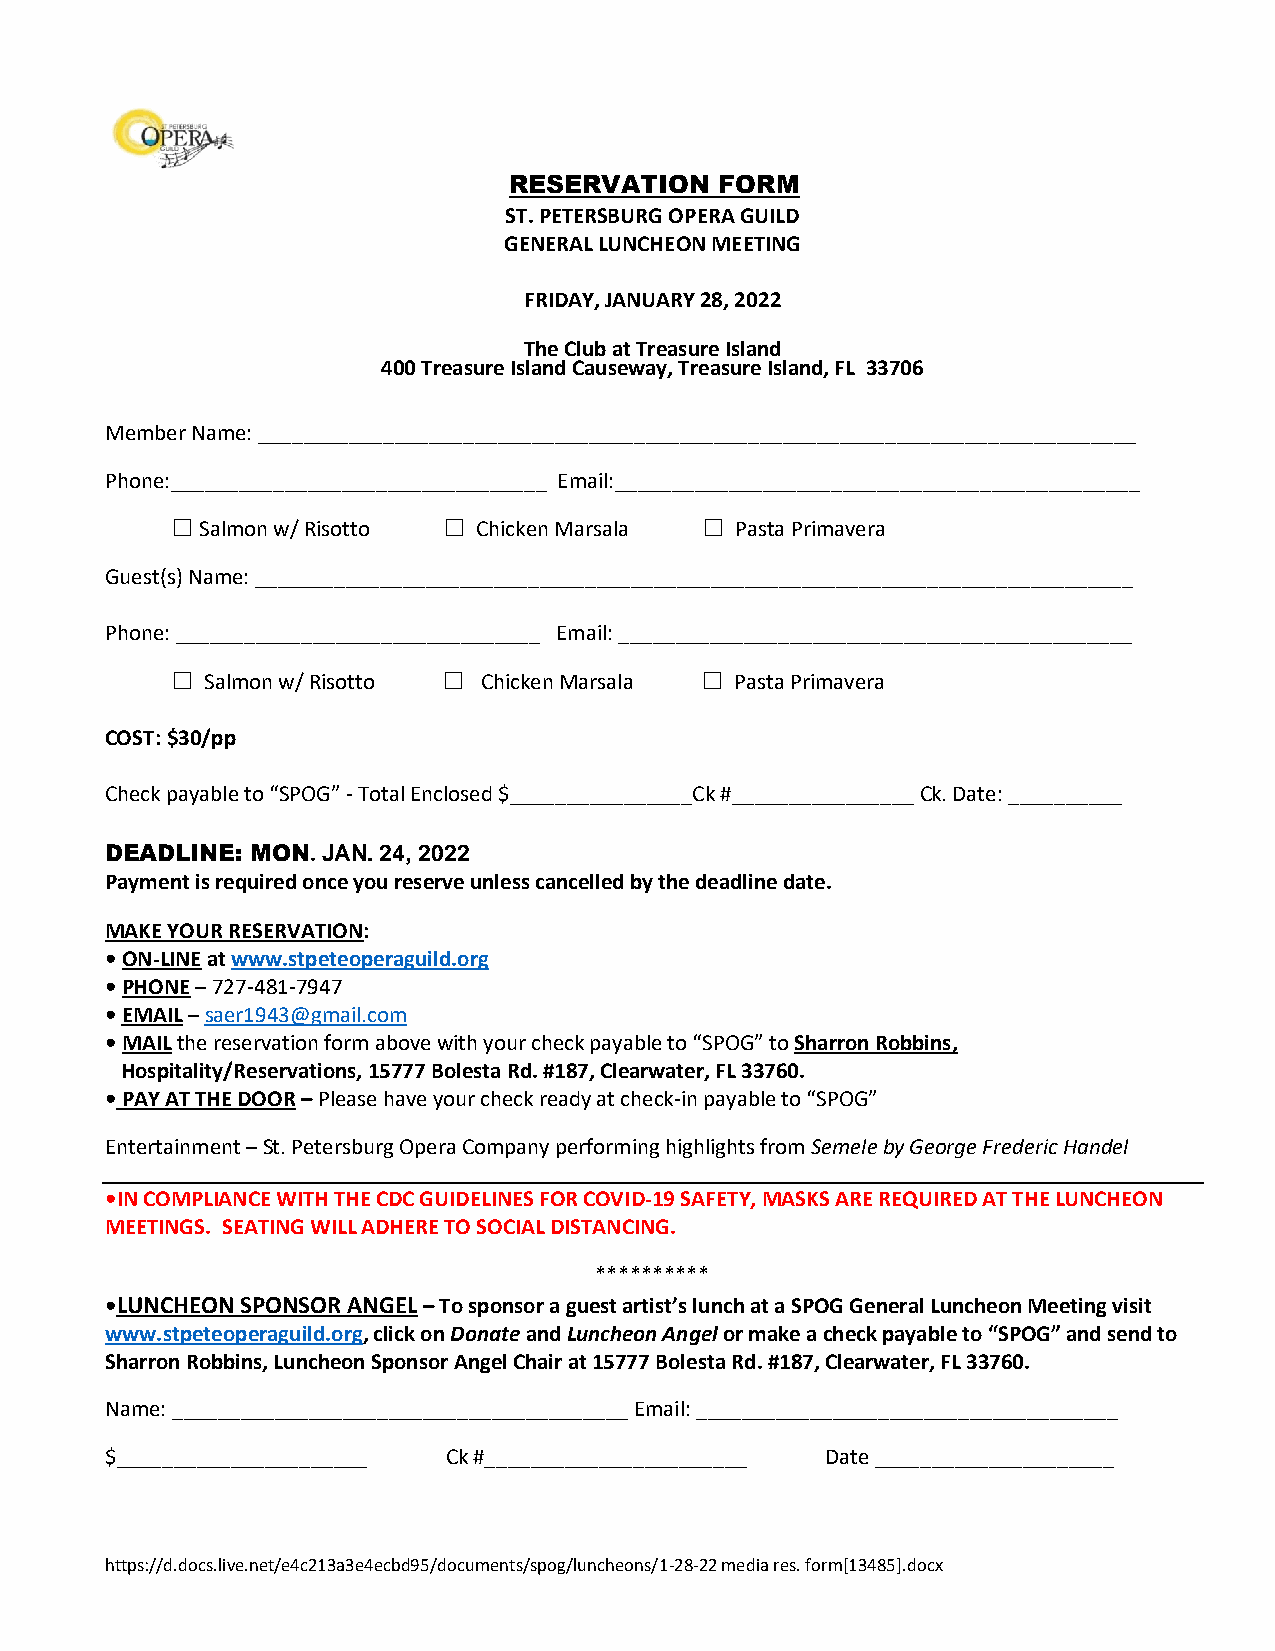
RESERVATION   FORM
 ST. PETERSBURG OPERA GUILD
 GENERAL LUNCHEON MEETING
 FRIDAY, JANUARY 28, 2022
 The Club at Treasure Island
 400 Treasure Island Causeway, Treasure Island, FL 33706
 Member Name: _____________________________________________________________________________
 Phone:_________________________________ Email:______________________________________________
 ☐ Salmon w/ Risotto ☐ Chicken Marsala ☐ Pasta Primavera
 Guest(s) Name: _____________________________________________________________________________
 Phone: ________________________________ Email: _____________________________________________
 ☐  Salmon w/ Risotto ☐ Chicken Marsala ☐ Pasta Primavera
 COST: $30/pp
 Check payable to “SPOG” - Total Enclosed $________________Ck #________________ Ck. Date: __________
 DEADLINE: MON. JAN. 24, 2022
 Payment is required once you reserve unless cancelled by the deadline date.
 MAKE YOUR RESERVATION:
 • ON-LINE at www.stpeteoperaguild.org
 • PHONE – 727-481-7947
 • EMAIL – saer1943@gmail.com
 • MAIL the reservation form above with your check payable to “SPOG” to Sharron Robbins,
 Hospitality/Reservations, 15777 Bolesta Rd. #187, Clearwater, FL 33760.
 • PAY AT THE DOOR – Please have your check ready at check-in payable to “SPOG”
 Entertainment – St. Petersburg Opera Company performing highlights from Semele by George Frederic Handel
 •IN COMPLIANCE WITH THE CDC GUIDELINES FOR COVID-19 SAFETY, MASKS ARE REQUIRED AT THE LUNCHEON
 MEETINGS. SEATING WILL ADHERE TO SOCIAL DISTANCING.
 **********
 •LUNCHEON SPONSOR ANGEL – To sponsor a guest artist’s lunch at a SPOG General Luncheon Meeting visit
 www.stpeteoperaguild.org, click on Donate and Luncheon Angel or make a check payable to “SPOG” and send to
 Sharron Robbins, Luncheon Sponsor Angel Chair at 15777 Bolesta Rd. #187, Clearwater, FL 33760.
 Name: ________________________________________ Email: _____________________________________
 $______________________ Ck #_______________________ Date _____________________
 https://d.docs.live.net/e4c213a3e4ecbd95/documents/spog/luncheons/1-28-22 media res. form[13485].docx